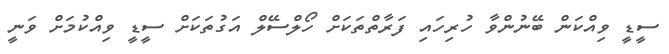
ސީޑީ ވިއްކަން ބޭނުންވާ ހުރިހައި ފަރާތްތަކަށް ހޯލްސޭލް އަގުތަކަށް ސީޑީ ވިއްކުމަށް ވަނީ